Civil Veterinary Department Bengal reports 1933-51 - 1933-1951
Year: 1933
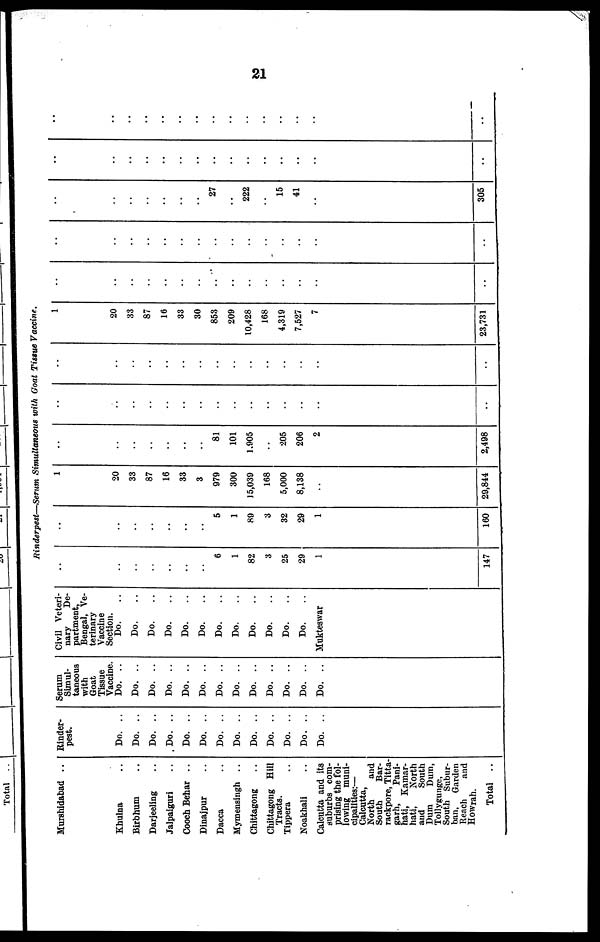
21
Rinderpest—Serum Simultaneous with Goat Tissue Vaccine.
Murshidabad ..
Khulna ..
Birbhum ..
Darjeeling ..
Jalpaiguri ..
Cooch Behar ..
Dinajpur ..
Dacca
Mymensingh ..
Chittagong ..
Chittagong Hill
Tracts.
Tippera ..
Noakhali ..
Calcutta and its
suburbs com-
prising the fol-
lowing muni-
cipalities:—
Calcutta,
North
and
South
Bar-
rackpore, Titta-
garh,
Pani-
hati, Kamar-
hati,
North
and
South
Dum
Dum,
Tollygunge,
South Subur-
ban,
Garden
Reach
and
Howrah.
Total ..
Binder-
pest.
Do. ..
Do. ..
Do. ..
Do. ..
Do. ..
Do. ..
Do. ..
Do. ..
Do. ..
Do. ..
Do. ..
Do. ..
Do. ..
Serum
Simul-
taneous
with
Goat
Tissue
Vaccine. Do. ..
Do. ..
Do. ..
Do. ..
Do. ..
Do. ..
Do. ..
Do. ..
Do. ..
Do. ..
Do. ..
Do. ..
Do. ..
Civil Veteri-
nary
De-
partment,
Bengal, Ve-
terinary
Vaccine
Section. Do. ..
Do. ..
Do. ..
Do. ..
Do. ..
Do. ..
Do. ..
Do. ..
Do. ..
Do. ..
Do. ..
Do. ..
MukteswaR
..
..
..
..
..
..
..
..
6
1
82
3
25
29
1
147
..
..
..
..
..
..
..
..
5
1
89
3
32
29
1
160
1
20
33
87
16
33
3
979
300
15,039
168
5,000
8,138
..
29,844
..
..
..
..
..
..
..
81
101
1,905
..
205
206
2
2,498
..
..
..
..
..
..
..
..
..
..
..
..
..
..
..
..
..
..
..
..
..
..
..
..
..
..
..
..
..
..
1
20
33
87
16
33
30
853
209
10,428
168
4,319
7,527
7
23,731
..
..
..
..
..
..
..
..
..
..
..
..
..
..
..
..
..
..
..
..
..
..
..
..
..
..
..
..
..
..
..
..
..
..
..
27
..
222
..
15
41
..
305
..
..
..
..
..
..
..
..
..
..
..
..
..
..
..
..
..
..
..
..
..
..
..
..
..
..
..
..
..